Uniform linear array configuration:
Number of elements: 48
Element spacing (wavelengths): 0.75
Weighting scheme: blackman
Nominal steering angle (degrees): -60
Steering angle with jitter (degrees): -58.263
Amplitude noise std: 0.05
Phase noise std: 0.05

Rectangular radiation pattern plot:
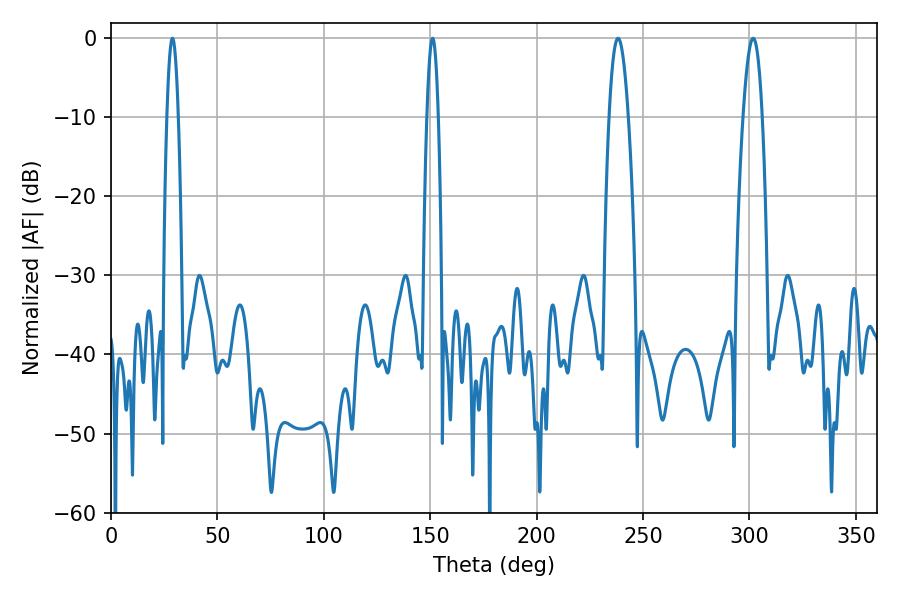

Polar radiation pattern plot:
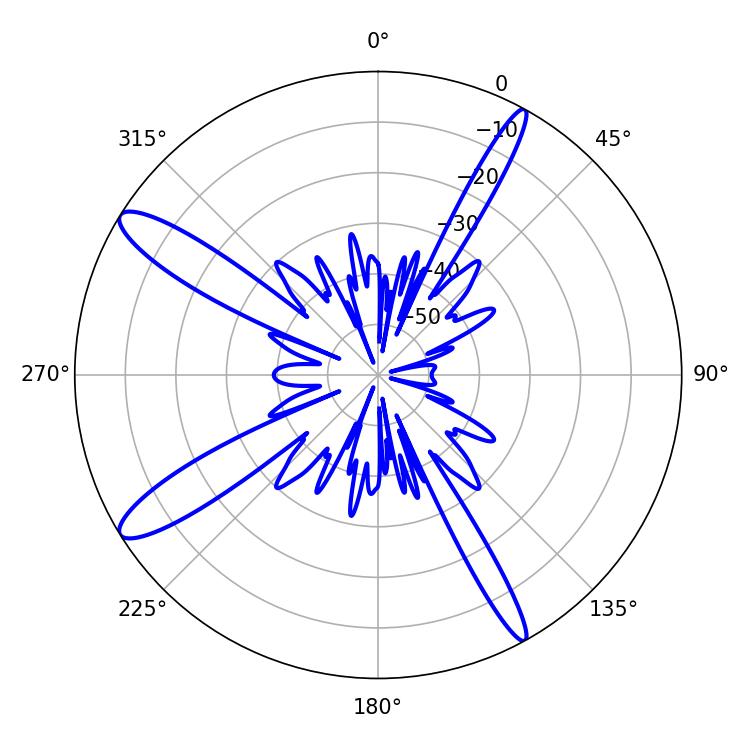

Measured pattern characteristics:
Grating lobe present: TRUE
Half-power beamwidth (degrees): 5.04
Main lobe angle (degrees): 301.68